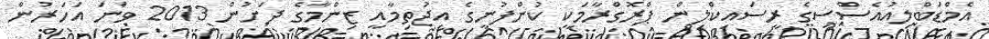
އެމްޑަބްލިއުއެސްސީގެ ރީސައިކްލިން ޕްރޮގްރާމަކީ ކުންފުނީގެ އިޖުތިމާއީ ޒިންމާގެ ދަށުން 2013 ވަނަ އަހަރުން